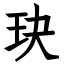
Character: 玦